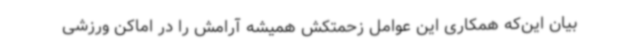
بیان این‌که همکاری این عوامل زحمتکش همیشه آرامش را در اماکن ورزشی